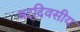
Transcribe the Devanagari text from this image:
षट्‌दिवसीय